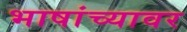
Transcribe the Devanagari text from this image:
भाषांच्यावर